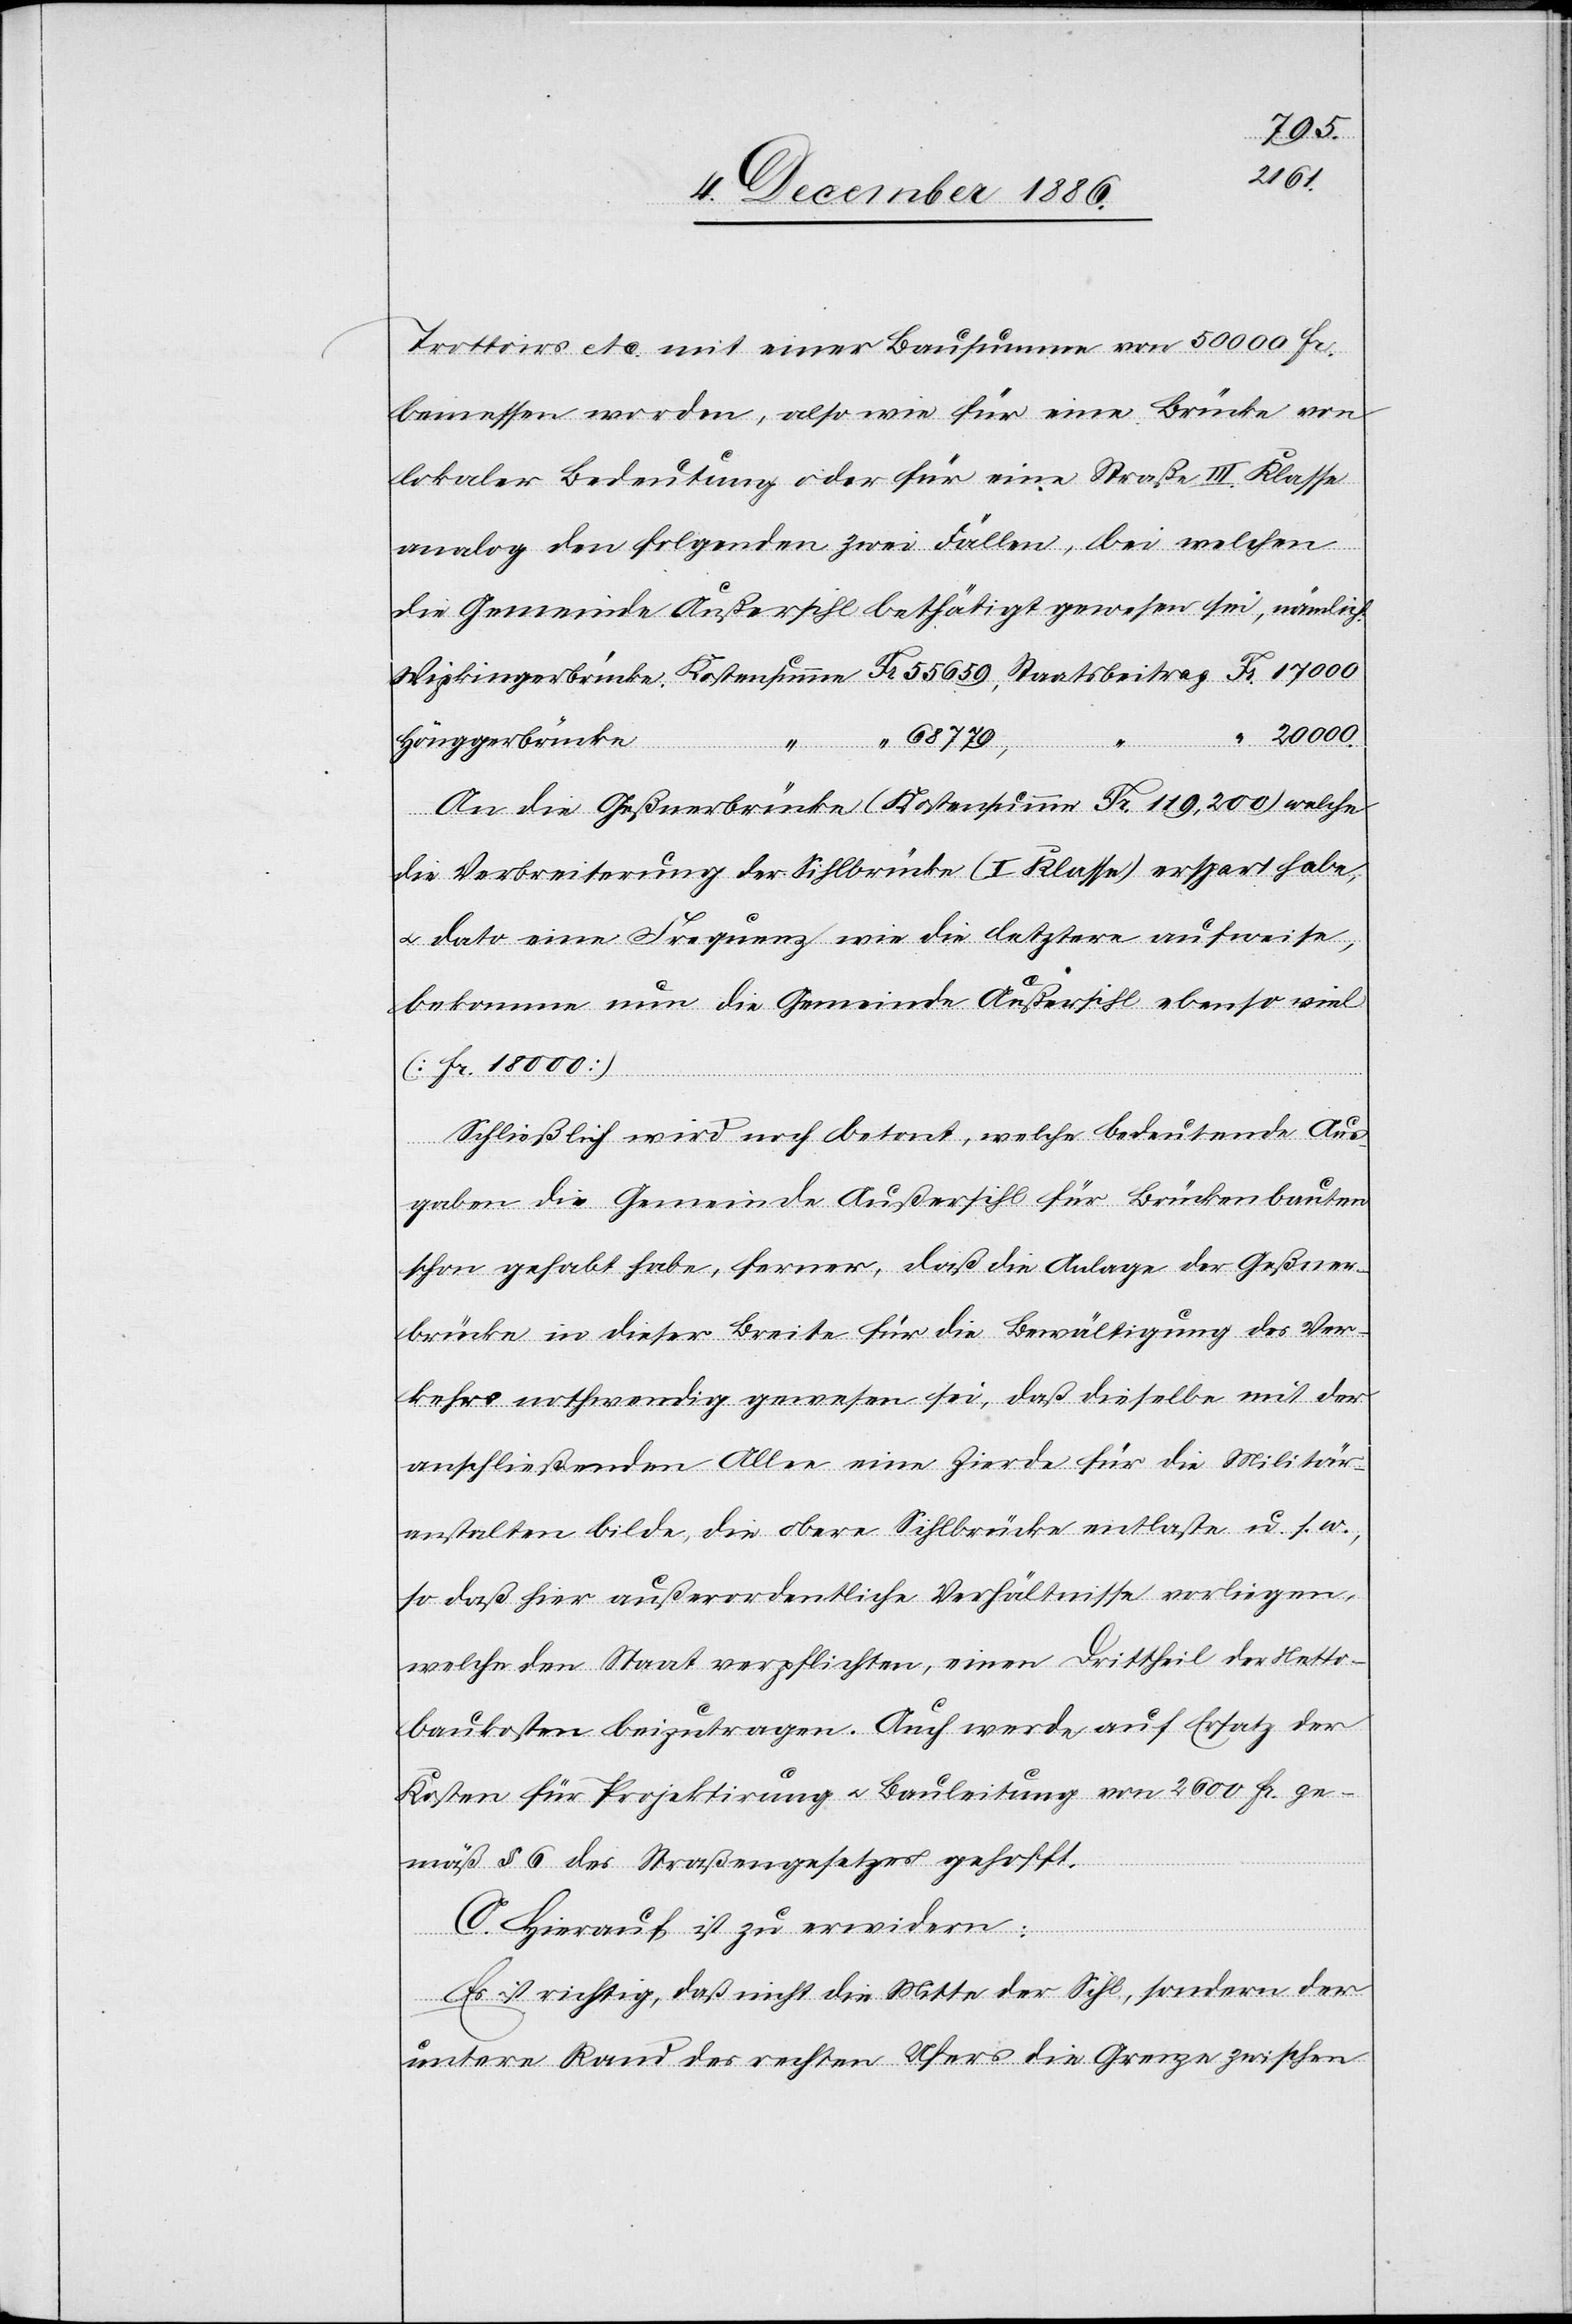
20
000.
Trottoirs etc. mit einer Bausumme von 50 000 Fr.
bemessen worden, also wie für eine Brücke von
lokaler Bedeutung oder für eine Straße III. Klasse
analog den folgenden zwei Fällen, bei welchen
die Gemeinde Außersihl bethätigt gewesen sei, nämlich:
68 779,
Hönggerbrücke
Staatsbeitrag
An die Geßnerbrücke (Kostensumme Fr. 119,200) welche
die Verbreiterung der Sihlbrücke (I. Klasse) erspart habe,
& dato eine Frequenz wie die letztere aufweise,
bekomme nun die Gemeinde Außersihl ebenso viel
(Fr. 18 000).
Schließlich wird noch betont, welche bedeutende Aus¬
gaben die Gemeinde Außersihl für Brückenbauten
schon gehabt habe, ferner, daß die Anlage der Geßner¬
brücke in dieser Breite für die Bewältigung des Ver¬
kehrs nothwendig gewesen sei, daß dieselbe mit der
anschließenden Allee eine Zierde für die Militär¬
anstalten bilde, die obere Sihlbrücke entlaste u. s. w.,
so daß hier außerordentliche Verhältnisse vorliegen,
welche den Staat verpflichten, einen Drittheil der Netto¬
baukosten beizutragen. Auch werde auf Ersatz der
Kosten für Projektirung & Bauleitung von 2600 Fr. ge¬
mäß § 6 des Straßengesetzes gehofft.
C. Hierauf ist zu erwidern:
Es ist richtig, daß nicht die Mitte der Sihl, sondern der
untere Rand des rechten Ufers die Grenze zwischen